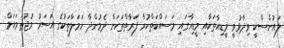
ލައުންސްކީ ވިދާޅުވީ މީޑިއާތަކާއި މީޑިއާގައި މަސައްކަތްކުރާ ފަރާތްތަކަށް ދެމުންދާ ހަމަލާތަކުގެ އަސަރު މުޖުތަމައަށް